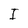
Character: I